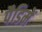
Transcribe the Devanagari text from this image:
पैडिमें